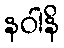
နဝါနိ